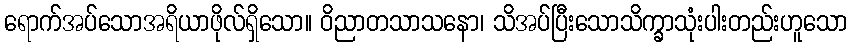
ရောက်အပ်သောအရိယာဖိုလ်ရှိသော။ ဝိညာတသာသနော၊ သိအပ်ပြီးသောသိက္ခာသုံးပါးတည်းဟူသော